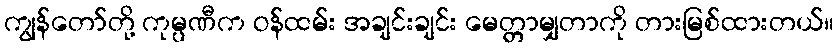
ကျွန်တော်တို့ ကုမ္ပဏီက ဝန်ထမ်း အချင်းချင်း မေတ္တာမျှတာကို တားမြစ်ထားတယ်။